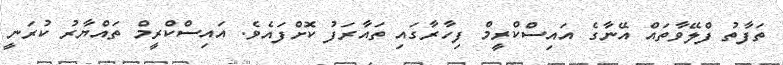
ތަފާތު ފްލޭވާތައް އޭނާގެ އައިސްކްރީމް ފިހާރާގައި ތައާރަފު ކޮށްފައެވެ. އައިސްކްރީމް ތައްޔާރު ކުރަނީ